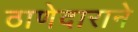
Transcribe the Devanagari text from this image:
ठाणेदाराने